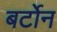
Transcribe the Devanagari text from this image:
बर्टोन